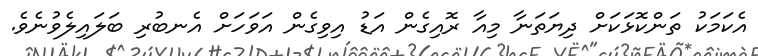
އެކަމަކު ތަންކޮޅަކަށް ދިޔަތަނާ މިއާ ރޮއިގެން އަޑު އިވިގެން އަވަހަށް އެނބުރި ބަލައިލެވުނެވެ.